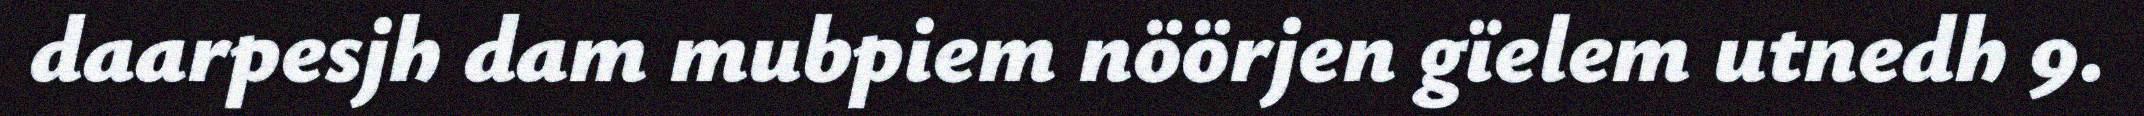
daarpesjh dam mubpiem nöörjen gïelem utnedh 9.